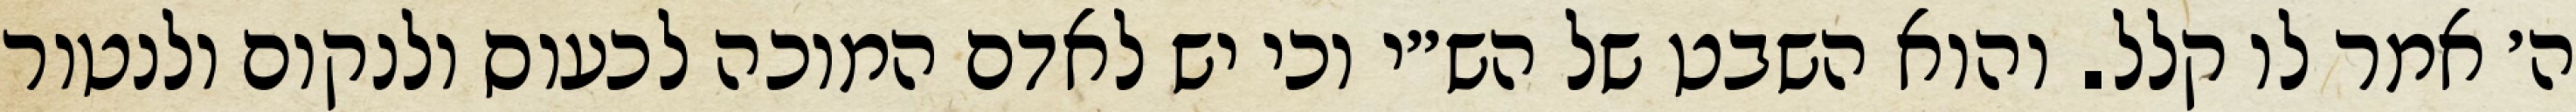
ה׳ אמר לו קלל. והוא השבט של הש״י וכי יש לאדם המוכה לכעוס ולנקום ולנטור